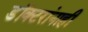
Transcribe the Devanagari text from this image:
डॉक्टरांनाही